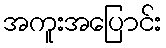
အကူးအပြောင်း